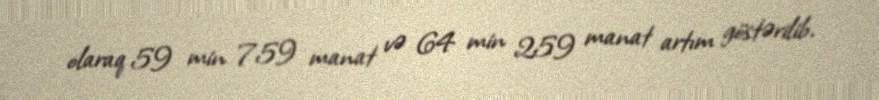
olaraq 59 min 759 manat və 64 min 259 manat artım göstərilib.